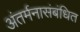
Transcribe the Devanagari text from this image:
अंतर्मनासंबंधित